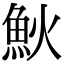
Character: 𩵰